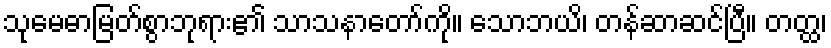
သုမေဓာမြတ်စွာဘုရား၏ သာသနာတော်ကို။ သောဘယိ၊ တန်ဆာဆင်ပြီ။ တတ္ထ၊